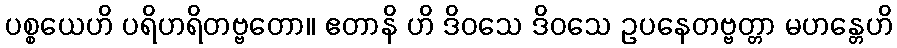
ပစ္စယေဟိ ပရိဟရိတဗ္ဗတော။ ဧတာနိ ဟိ ဒိဝသေ ဒိဝသေ ဥပနေတဗ္ဗတ္တာ မဟန္တေဟိ